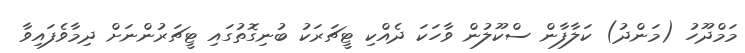
މަމްދޫހު (މަންދު) ކަލާފާން ސްކޫލުން ވާހަކަ ދެއްކި ޓީޗަރަކު ބުނިގޮތުގައި ޓީޗަރުންނަށް ދިމާވެފައިވާ